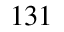
^ { 1 3 1 }